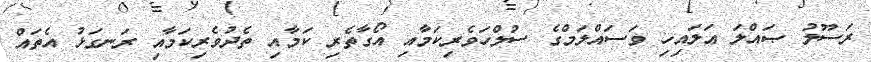
ރަސޫލު ޞައްލަ ޢަލައިހި ވަސައްލަމްގެ ސުލްހަވެރިކަމާއި އޯގާތެރި ކަމާއި ތެދުވެރިކަމާއި ރަނގަޅު އެތައް